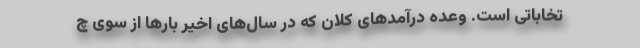
تخاباتی است. وعده درآمدهای کلان که در سال‌های اخیر بارها از سوی چ